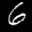
Label: 6